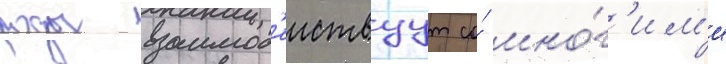
роды взаимод'еиствуут со́ мно́г'им'и